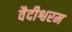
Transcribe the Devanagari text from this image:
वैदीश्वरम